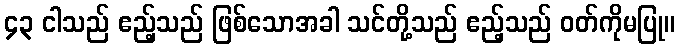
၄၃ ငါသည် ဧည့်သည် ဖြစ်သောအခါ သင်တို့သည် ဧည့်သည် ဝတ်ကိုမပြု။